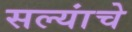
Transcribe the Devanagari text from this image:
सल्यांचे